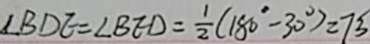
\angle B D E = \angle B E D = \frac { 1 } { 2 } ( 1 8 0 ^ { \circ } - 3 0 ^ { \circ } ) = 7 5